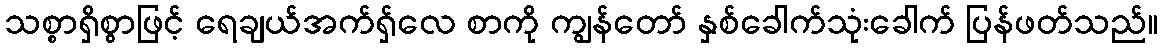
သစ္စာရှိစွာဖြင့် ရေချယ်အက်ရှ်လေ စာကို ကျွန်တော် နှစ်ခေါက်သုံးခေါက် ပြန်ဖတ်သည်။